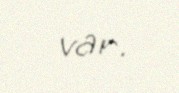
var.